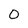
Character: 0